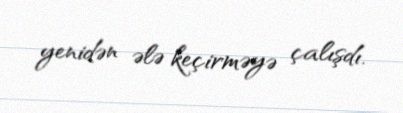
yenidən ələ keçirməyə çalışdı.